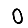
Digit: 0